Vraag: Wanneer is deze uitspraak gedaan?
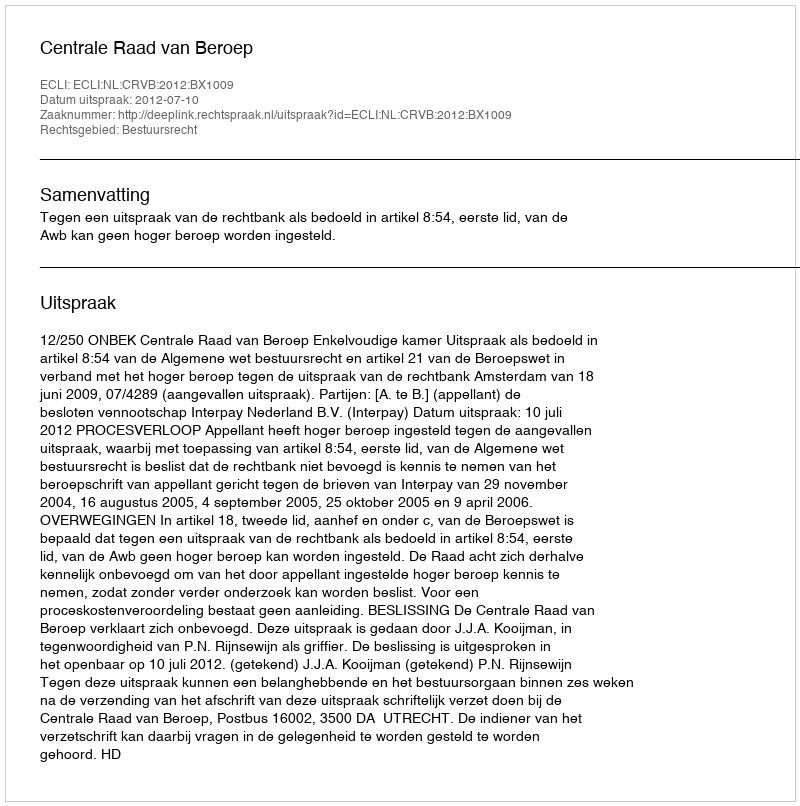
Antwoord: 2012-07-10